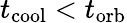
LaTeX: t_{\mathrm{cool}}<t_{\mathrm{orb}}